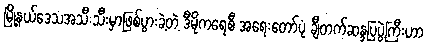
မြို့နယ်ဒေသအသီးသီးမှာဖြစ်ပွားခဲ့တဲ့ ဒီမိုကရေစီ အရေးတော်ပုံ ချီတက်ဆန္ဒပြပွဲကြီးဟာ